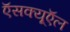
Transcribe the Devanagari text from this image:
ऍसक्यूऍल